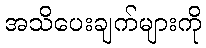
အသိပေးချက်များကို